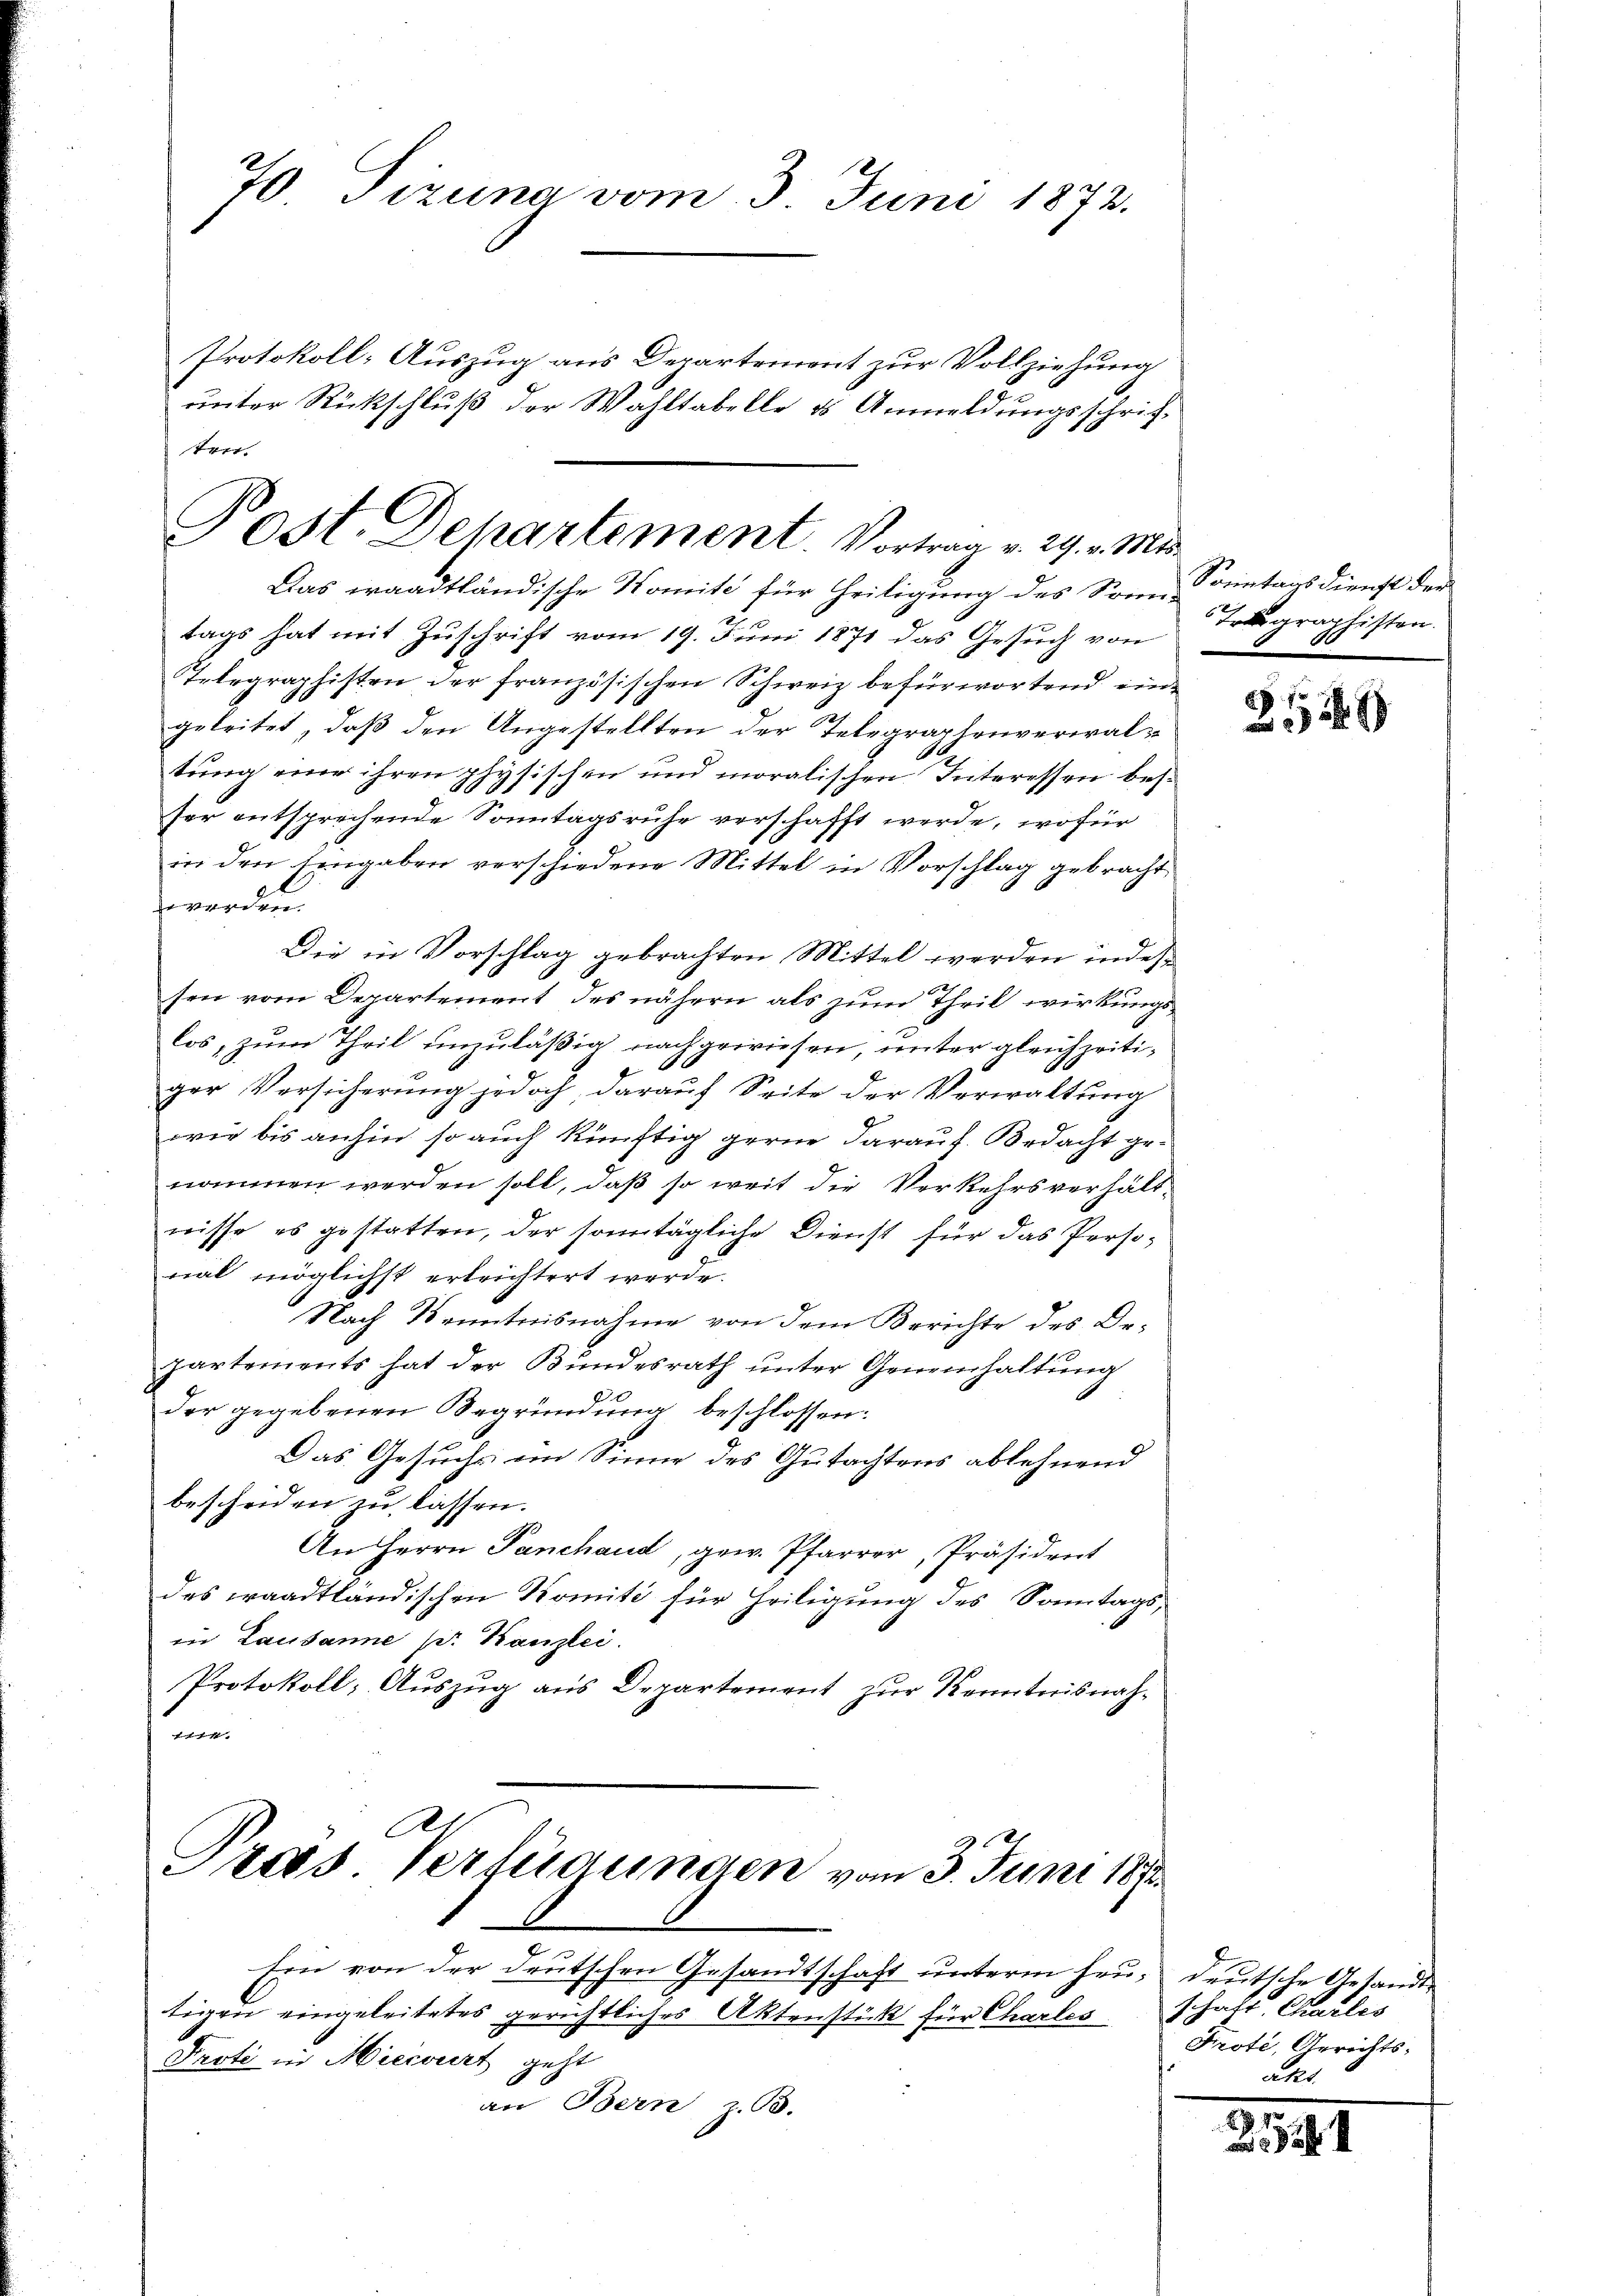
70 Tizuna vom 3. Juni 1873.
Protokoll- Auszug aus Departement zur Vollziehung
unter Rückschluß der Wahltabelle es Anmeldungsschriftret

Post. Departement. Vortrag v. 29. v. Mts.

.
Pras. Verfügungen vom 3. Juni 187

Das waadtländische Nomite für Heiligung des Sonnentags dienst der
tags hat mit Zuschrift vom 19. Juni 1871 das Gesuch von
Telegraphisten der französischen Schweiz befürwortend eingeleitet, daß den Angestellten der Telegraphenverwaltung eine ihren physischen und moralischen Interessen besser entsprechende Sonntagsruhe verschafft werde, wofür
in den tengaben verschiedene Mittel in Vorschlag gebracht
worden.
Die in Vorschlag gebrachten Mittel werden indessen vom Departement des nähern als zum Theil wirkungs
los, zum Theil unzuläßig nachgewiesen, unter gleichzeitif
ger Versicherung jedoch darauf Seite der Verwaltung
wie bis anhin so auch künftig gerne darauf. Bedacht genommen werden soll, daß so weit die Verkehrsverhält-
nisse es gestatten, der sonntägliche Dienst für das Personal möglichst erleichtert werde.
Nach Kenntnisnahme von dem Berichte des Dr.
partements hat der Bundesrath ŭnter Geneinhaltŭng
der gegebenen Begründung beschlossen:
Das Gesuchs im Sinne des Gutachtens ablehnend
bescheiden zu lassen.
An Herrn Panchand, gew. Pfarrer, Präsident
des waadtländischen Komité für Heiligung des Sonntags-
in Lausanne pr. Kanzlei.
Protokoll; Auszug aus Departement zur Kenntnisnahn

Ein von der deutschen Gesandtschaft unterm heu, deutsche Gesandttigen eingeleitetes gerichtliches Aktenstück für Charles
Prote in Hiecourt geht
an Bern, z. B.

Tographisten.

2129

schaft. Charlis
Frote, Gerichtsl

2.1941